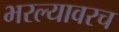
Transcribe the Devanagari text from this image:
भरल्यावरच